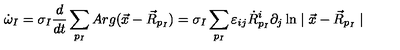
\dot { \omega } _ { I } = \sigma _ { I } \frac { d } { d t } \sum _ { p _ { I } } A r g ( \vec { x } - \vec { R } _ { p _ { I } } ) = \sigma _ { I } \sum _ { p _ { I } } \varepsilon _ { i j } \dot { R } _ { p _ { I } } ^ { i } \partial _ { j } \ln \mid \vec { x } - \vec { R } _ { p _ { I } } \mid